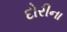
દોરીના